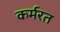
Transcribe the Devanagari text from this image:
कर्मरत